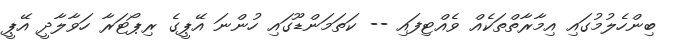
ބިންހެލުމުގައި އިމާރާތްތަކެއް ވެއްޓިފައި -- ކަތަމަންޑޫގައި ހުންނަ އޭޕީގެ ރިޕޯޓަރާ ހަވާލާދީ އޭޕީ